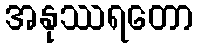
အနုဿရတော